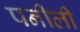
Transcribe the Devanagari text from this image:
पनीली